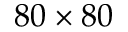
8 0 \times 8 0